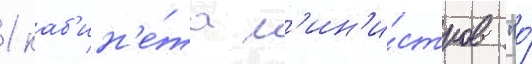
1 каб'ин'е́та м'ин'и́стров "о́